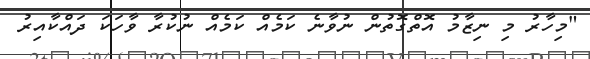
"މިހާރު މި ނިޒާމު އޮތްގޮތުން ނުވާނެ ކަމެއް ކަމެއް ނުކުރާ ވާހަކަ ދައްކާއިރު